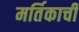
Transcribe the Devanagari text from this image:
मर्तिकाची